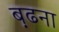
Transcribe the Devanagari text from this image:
ब़ढना